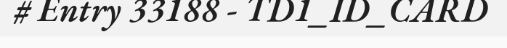
# Entry 33188 - TD1_ID_CARD